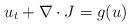
LaTeX: \begin{align*}u_{t}+\nabla\cdot J=g(u) \end{align*}